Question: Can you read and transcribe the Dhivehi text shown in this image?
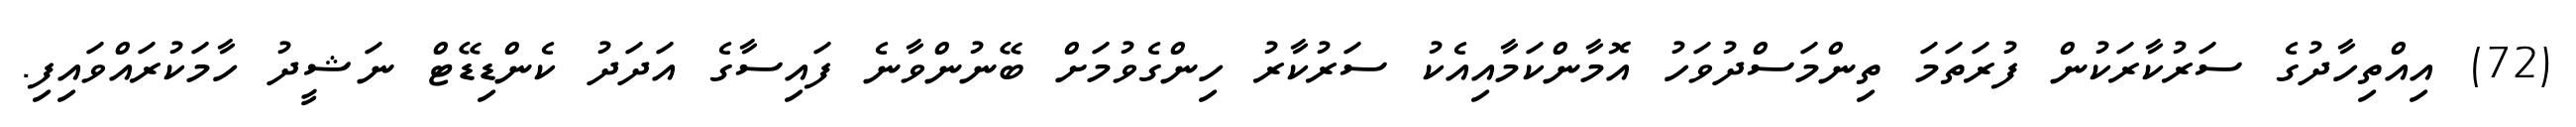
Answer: (72) އިއްތިހާދުގެ ސަރުކާރަކުން ފުރަތަމަ ތިންމަސްދުވަހު އޮމާންކަމާއިއެކު ސަރުކާރު ހިންގެވުމަށް ބޭނުންވާނެ ފައިސާގެ އަދަދު ކެންޑިޑޭޓް ނަޝީދު ހާމަކުރައްވައިފި.